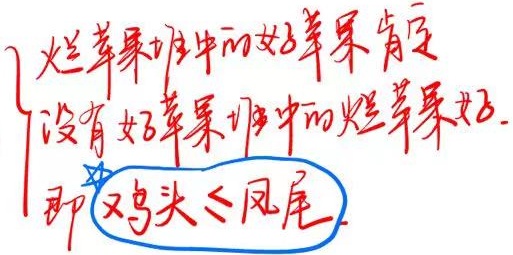
烂苹果堆中的好苹果肯定没有好苹果堆中的烂苹果好.即 鸡头 $\leq$ 凤尾.